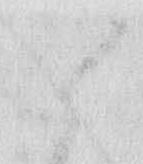
候